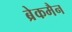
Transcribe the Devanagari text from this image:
ब्रेकमैन